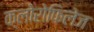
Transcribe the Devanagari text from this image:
क्लोरोफिलेज